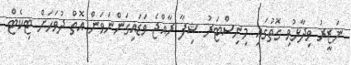
ނަޒީރު ވިދާޅުވި ގޮތުގައި މިނިސްޓަރު ޝިފާ ރާއްޖެ ވަޑައިގަންނަވަން އޮތް ދުވަހަށް ޓިކެޓް